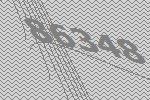
86348